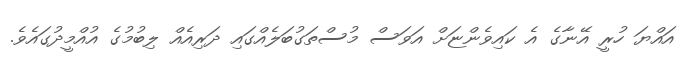
އައްޔަ ހުރީ އޭނާގެ އެ ކައިވެންޏަށް އަވަސް މުސްތަގުބަލެއްގައި ދަރިއެއް ލިބުމުގެ އުއްމީދުގައެވެ.